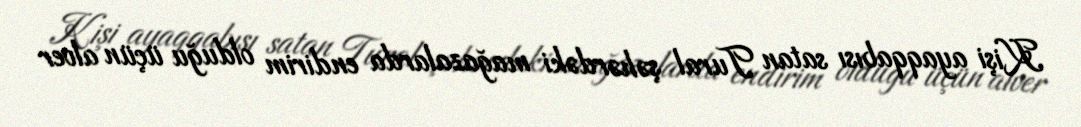
Kişi ayaqqabısı satan Tural şəhərdəki mağazalarda endirim olduğu üçün alver